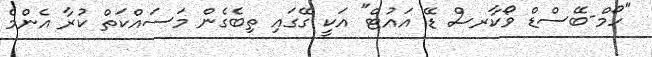
"ހޯމް-ބޭސްޑް ވޯކާރސް ޑޭ އައުޓް" އަކީ ގޭގައި ތިބެގެން މަސައްކަތް ކުރާ އެންމެ